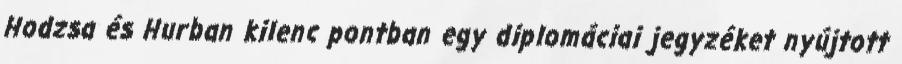
Hodzsa és Hurban kilenc pontban egy diplomáciai jegyzéket nyújtott